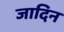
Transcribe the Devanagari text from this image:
जादिन